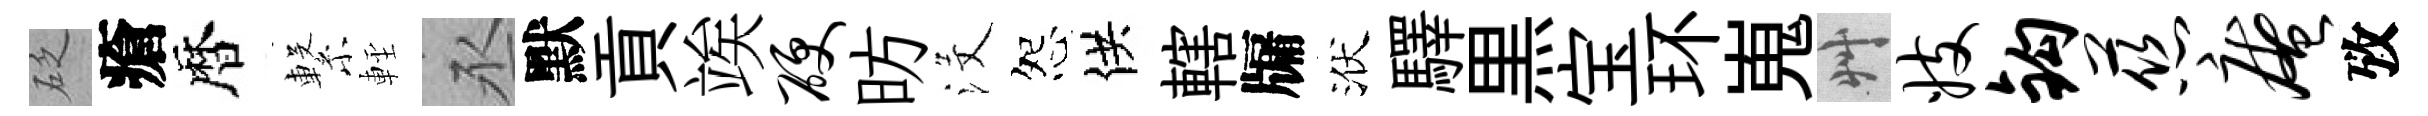
砭瘡暦繋䡖丞默貢竢硬昉沒怨供轄牖洑驛黒宝环嵬艸妓钩慈庵攷